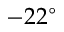
- 2 2 ^ { \circ }